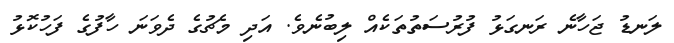
ލަނޑު ޖަހާނެ ރަނގަޅު ފުރުސަތުތަކެއް ލިބުނެވެ. އަދި މެޗުގެ ދެވަނަ ހާފުގެ ފަހުކޮޅު